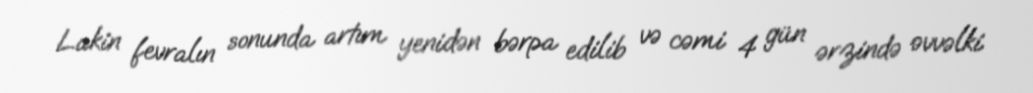
Lakin fevralın sonunda artım yenidən bərpa edilib və cəmi 4 gün ərzində əvvəlki